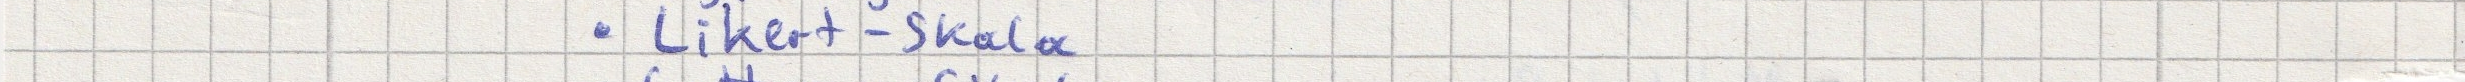
- Likert-Skala